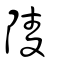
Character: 陵